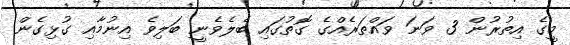
މީގެ އިތުރުން 3 ވަނަ ވައްތަރެއްގެ ގޮތުގައި ބެލެވެނީ ބަލިވެ އިނުމާއި ގުޅިގެން